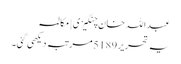
عبداللہ خان چنگیزی | مکالمہ
یہ تحریر 5189 مرتبہ دیکھی گئی۔